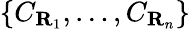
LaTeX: \left\{ C_{\mathbf{R}_{1}},\ldots,C_{\mathbf{R}_{n}}\right\}